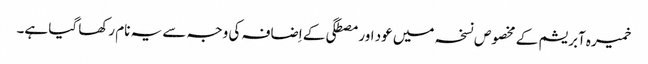
خمیرہ آبریشم کے مخصوص نسخہ میں عود اور مصطگی کے اِضافہ کی وجہ سے یہ نام رکھا گیا ہے۔